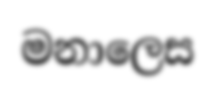
මනාලෙස